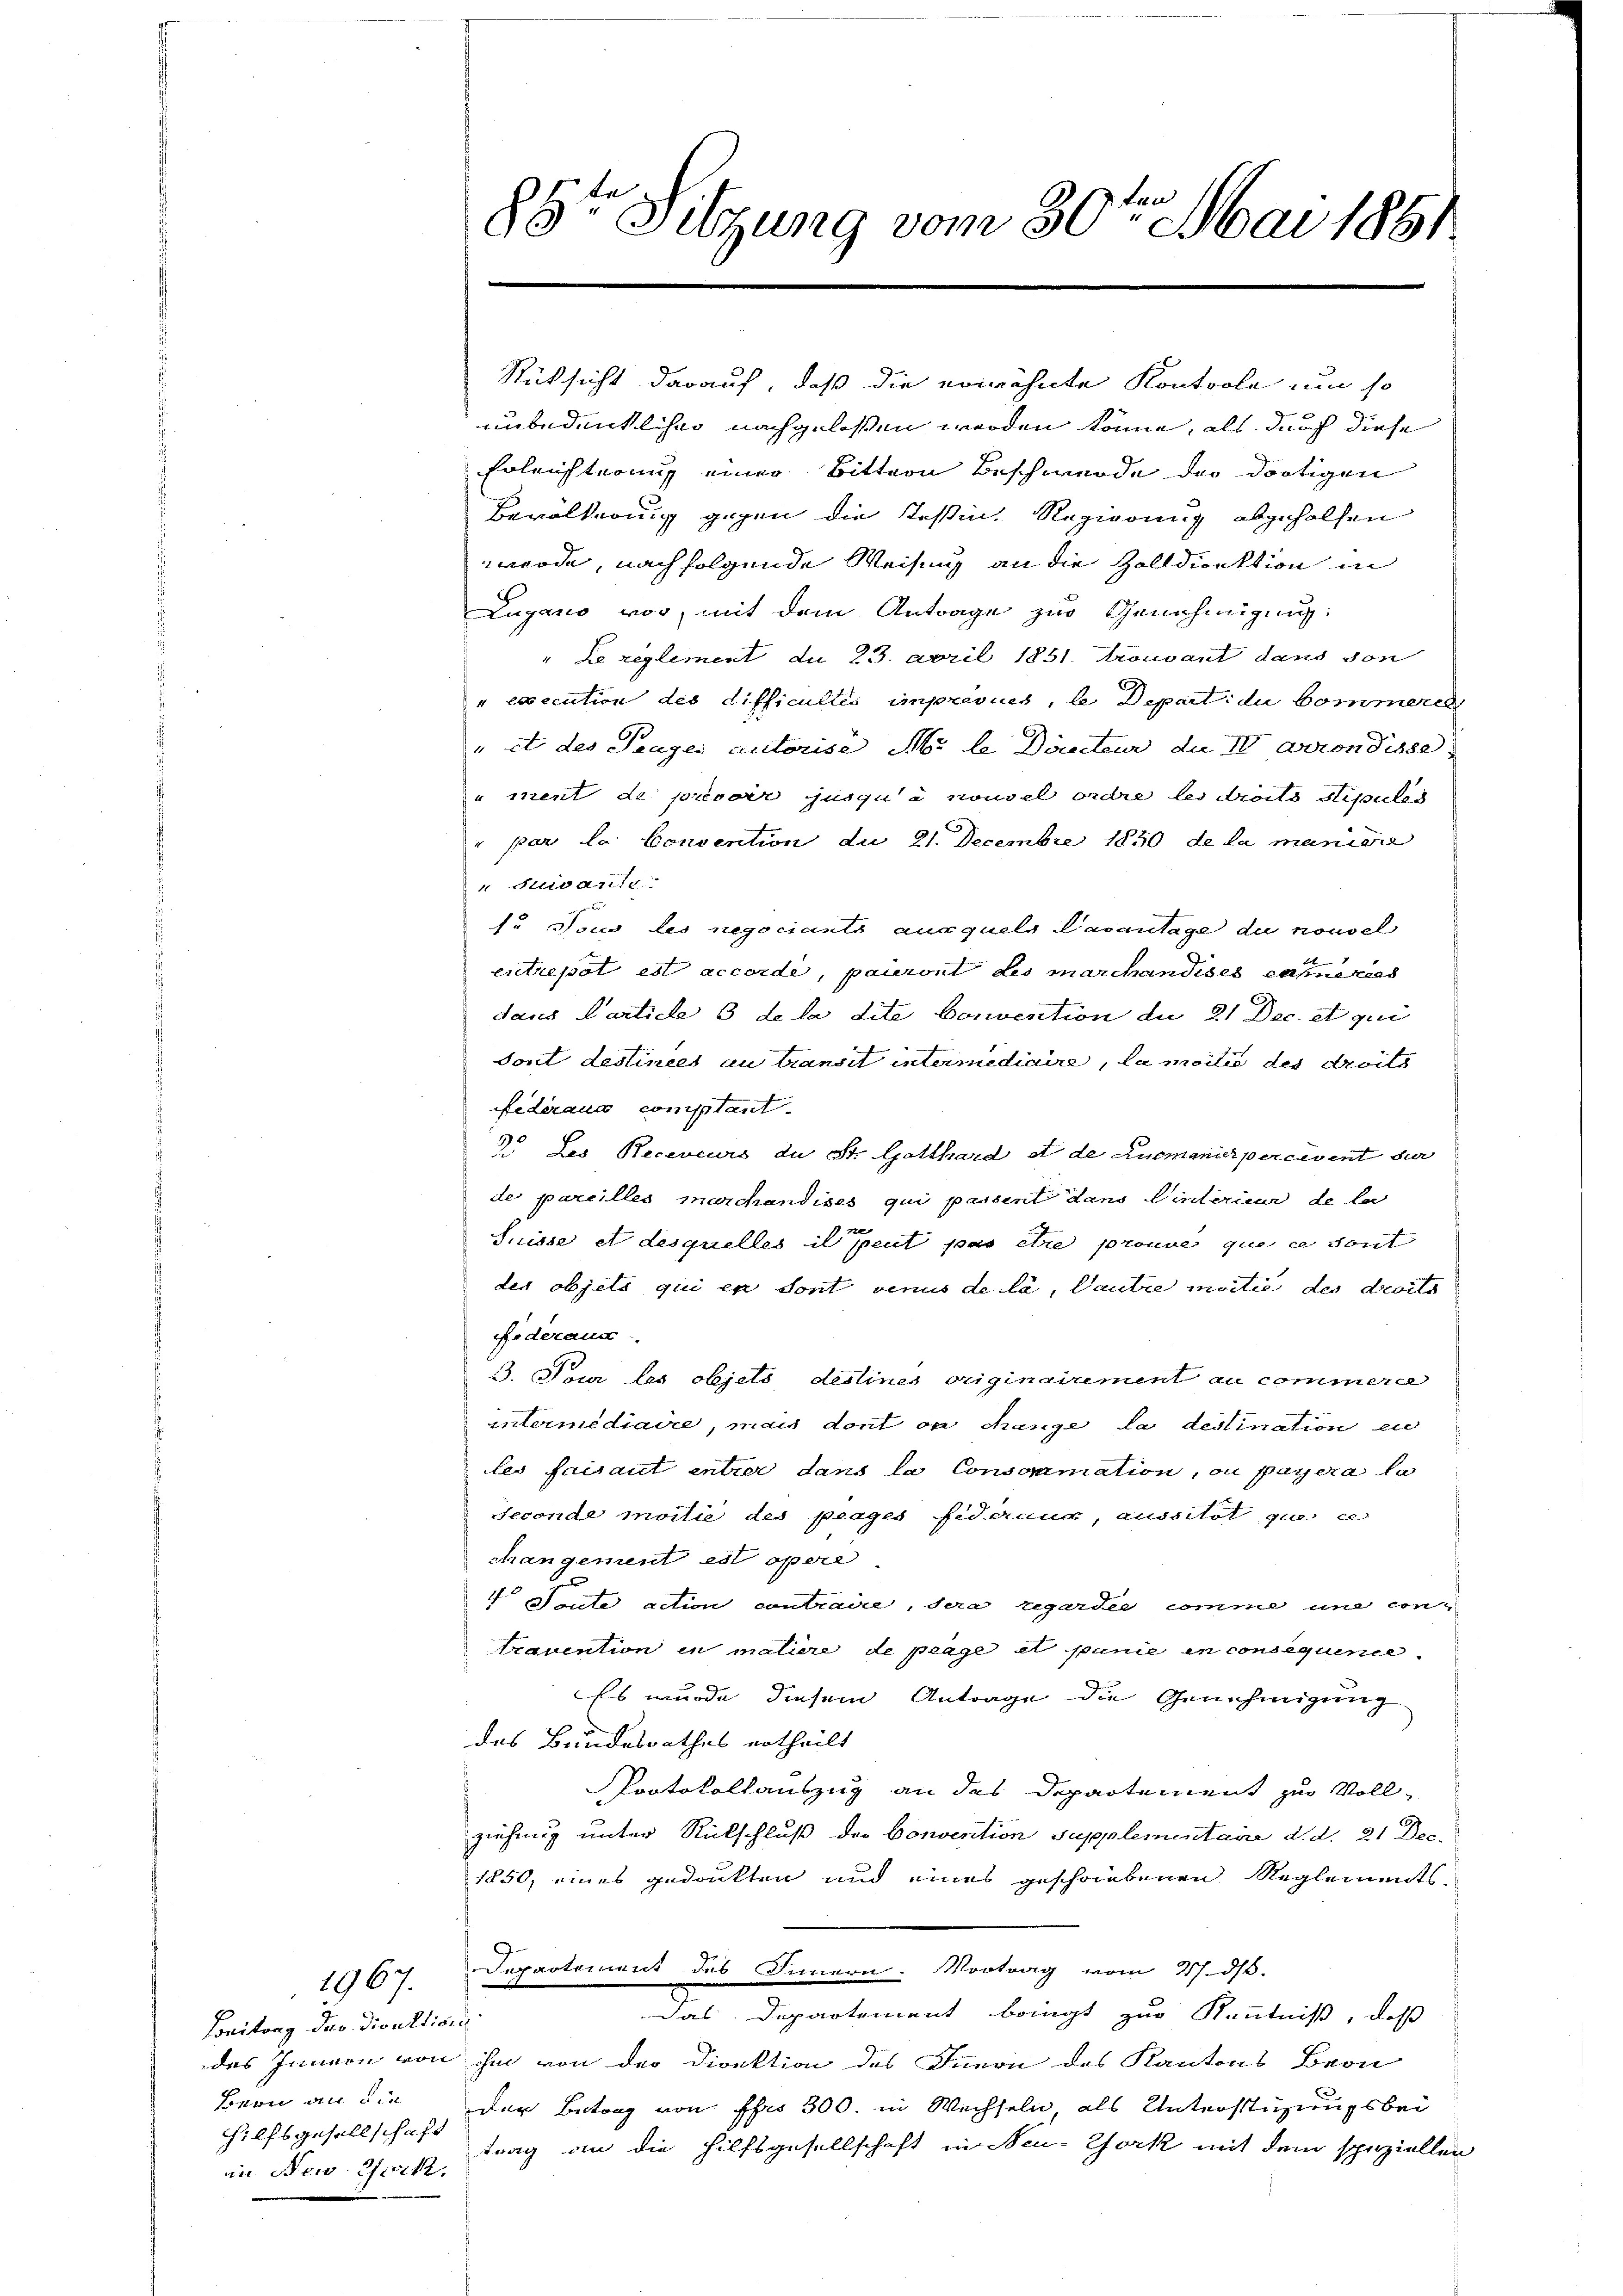
1967.

Beitrag das Direktione
Bern an die
in New York.

85te Sitzung vom 30ten Mai 1861.

unbedenkliche nachgelassen werden könne, als durch diese
Erleichterung einer Bittern Beschwerde der dortigen
Bevölkerung gegen die Tessin, Regierung abgeholfen
wurde, nach folgende Weisung an die Zolldirektion in
Lujasio vor, mit dem Antrage zur Genehmigung:
" Le reglement du 23. April 1851. trouvant dans von
„execution des difficultis imprévues, le Depart du kommerc
" et des Trages autorise Abs le Danteur die IV Arrondisse
" ment de prevor jusqua nouvel ordre les droits stipules
r par la Convention du 21. Decembre 1850 de la maniere
 suivante
f. Tous des negociants auxquels Casanlage du nouvel
entrepot est accordé, pauront des marchandises eine zers
dans Carticle 3 de la dite Convention de 21 Dec. et qui
Sont destinées au transit intermediaire, la moitié des droits
federaux comptant
5 des Receneurs du St. Gotthard et de Ausmanicipercevent sur
de pareilles marchandises qui passent dans Einterieur de la
ze
Suisse et desquelles il peut pas ebre prouve que ce sont
des objets qui ex sont venus de la, Gautre moitié des droits
Fideraus
3. Tour las objets destines originairement au commerce
intermédiaire, man dont ou change, da destination en
les faisant entrer dans la Consoramation, ou payera la
Jeconde moilie des plages Fideius, aussitat que ce
changement est opere
4 Seite action contraire, das regardée comme und contrauention in maliere de prage et punie in consequirie
Es wurde diesem Antrage die Genehmigung
des Bundesrathes ertheilt
Protokollauszug an das Departement zur Vollziehung unter Rückschluß der Convention Supplementaire d. d. 21 Dec.
1850, eines gedankten und eines geschriebenen Reglements-
Departement des Innern. Vortrag vom 27. ds.
Das Departement bringt zur Kenntniß, daß
des Innern von ihm von der Direktion des Juni des Kantons Bern
der Betrag von Ihro 300. in Wechseln, als Unterstüzungsbei
hilfsgesellschaft trag an die Hilfsgesellschaft in Neu-York mit dem speziellen

Rücksicht darauf, daß die erwähnte Kontrole um so